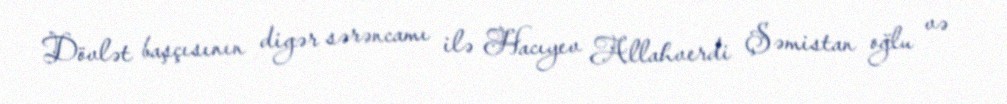
Dövlət başçısının digər sərəncamı ilə Hacıyev Allahverdi Şəmistan oğlu və